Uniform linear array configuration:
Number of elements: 16
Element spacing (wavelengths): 0.25
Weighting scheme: kaiser
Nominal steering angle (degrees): -60
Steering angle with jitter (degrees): -58.73
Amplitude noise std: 0.05
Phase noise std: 0.05

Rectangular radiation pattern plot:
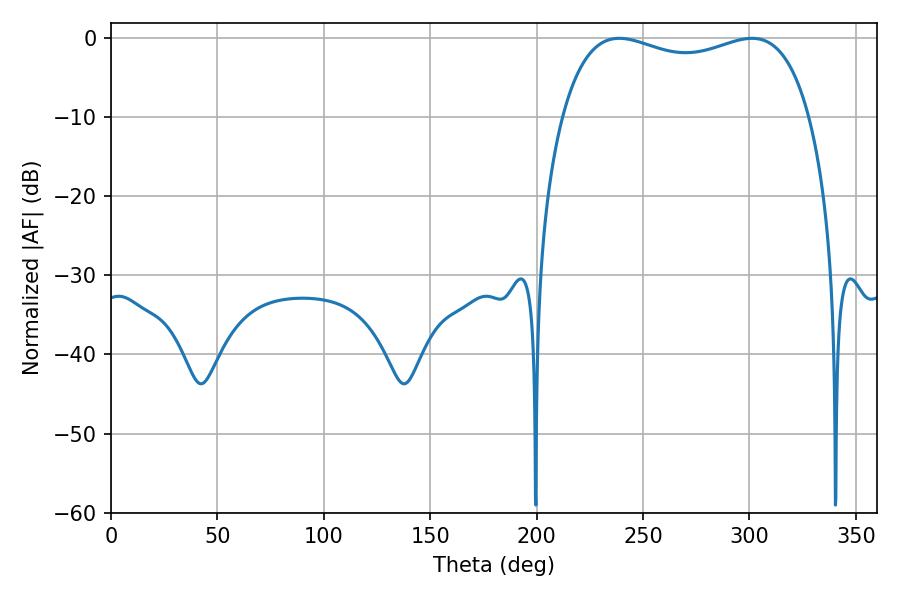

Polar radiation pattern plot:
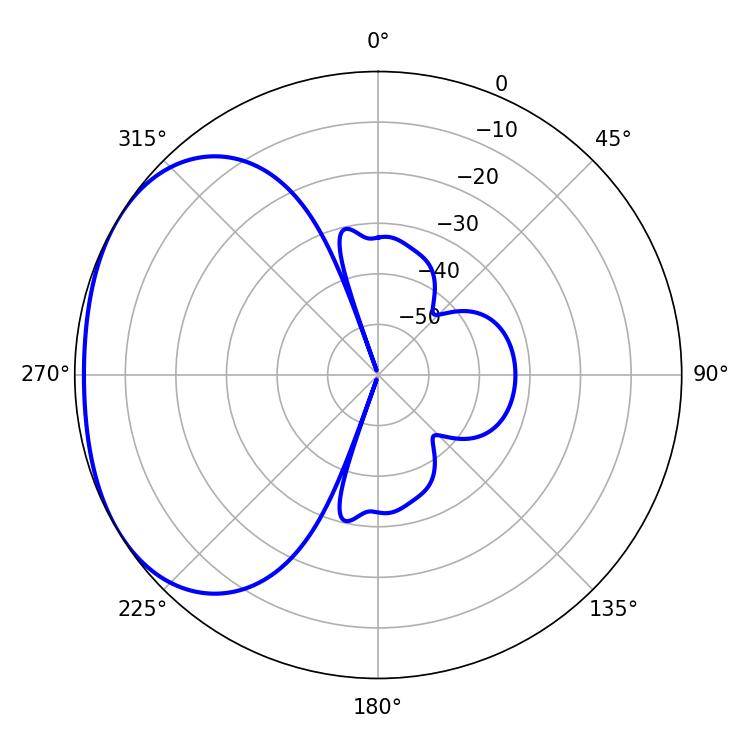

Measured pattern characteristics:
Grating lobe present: FALSE
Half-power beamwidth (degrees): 95.4
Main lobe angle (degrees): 301.14